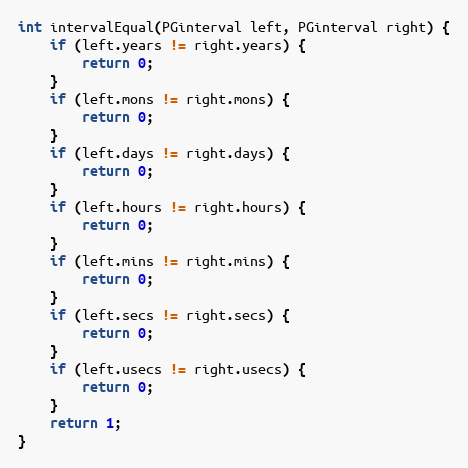
Language: C
int intervalEqual(PGinterval left, PGinterval right) {
	if (left.years != right.years) {
		return 0;
	}
	if (left.mons != right.mons) {
		return 0;
	}
	if (left.days != right.days) {
		return 0;
	}
	if (left.hours != right.hours) {
		return 0;
	}
	if (left.mins != right.mins) {
		return 0;
	}
	if (left.secs != right.secs) {
		return 0;
	}
	if (left.usecs != right.usecs) {
		return 0;
	}
	return 1;
}